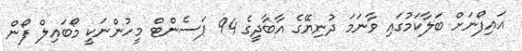
އައިފޯނަށް ބަލާކަމުގައި ވާނަމަ ދުނިޔޭގެ އާބާދީގެ 94 ޕަސެންޓް މީހުންނަކީ މޯބައިލް ފޯން